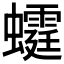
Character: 𧓴